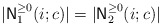
\begin{align*}|{\sf N}_1^{\geq 0}(i; c)| = |{\sf N}_2^{\geq 0}(i; c)|\end{align*}